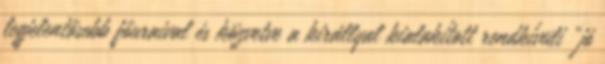
legjelentősebb főuraival és közvetve a királlyal kialakított rendkívüli „jó